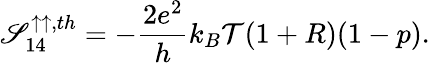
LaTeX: {\mathscr{S}_{14}^{\uparrow\uparrow,th}}=-\frac{{2e^{2}}}{{h}}k_{B}\mathcal{{T}}(1+R)(1-p).